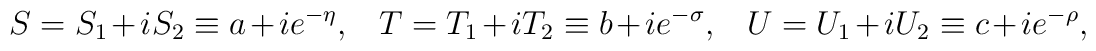
S=S_1+iS_2\equiv a+ie^{-\eta},\ \ \ T=T_1+iT_2\equiv b+ie^{-\sigma},\ \ \ U=U_1+iU_2\equiv c+ie^{-\rho},